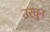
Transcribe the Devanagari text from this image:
उरघुन